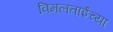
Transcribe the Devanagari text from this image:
विमलताईंच्या